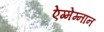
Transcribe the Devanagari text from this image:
ऐग्मेम्नान